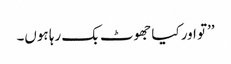
’’تو اور کیا جھوٹ بک رہا ہوں۔